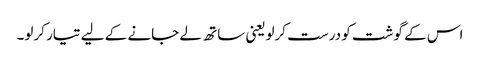
اس کے گوشت کو درست کرلویعنی ساتھ لے جانے کے لیے تیار کرلو۔